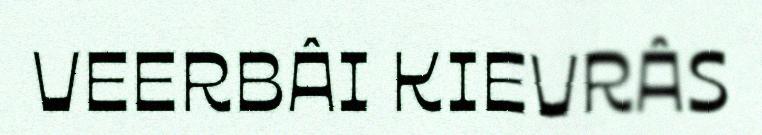
VEERBÂI KIEVRÂS